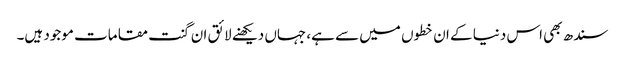
سندھ بھی اس دنیا کے ان خطوں میں سے ہے، جہاں دیکھنے لائق ان گنت مقامات موجود ہیں۔